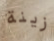
زينة